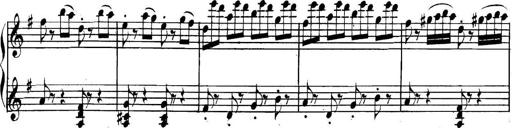
Title: Collected Piano Sonatas
Composer: Muzio Clementi